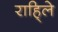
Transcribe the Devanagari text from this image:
राहि्ले